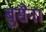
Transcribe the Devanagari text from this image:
बुसैना